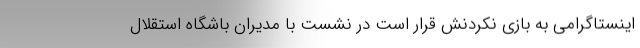
اینستاگرامی به بازی نکردنش قرار است در نشست با مدیران باشگاه استقلال